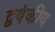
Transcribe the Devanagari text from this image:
द्वयंकीय